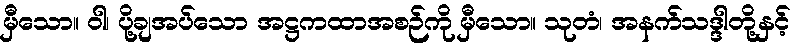
မှီသော။ ဝါ၊ ပို့ချအပ်သော အဋ္ဌကထာအစဉ်ကို မှီသော။ သုတံ၊ အနက်သဒ္ဒါတို့နှင့်